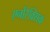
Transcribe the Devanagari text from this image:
एनोरेक्सिक